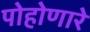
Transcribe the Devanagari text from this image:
पोहोणारे